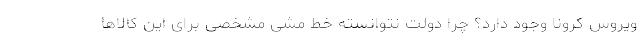
ویروس کرونا وجود دارد؟ چرا دولت نتوانسته خط مشی مشخصی برای این کالاها